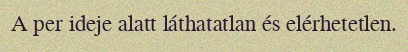
A per ideje alatt láthatatlan és elérhetetlen.